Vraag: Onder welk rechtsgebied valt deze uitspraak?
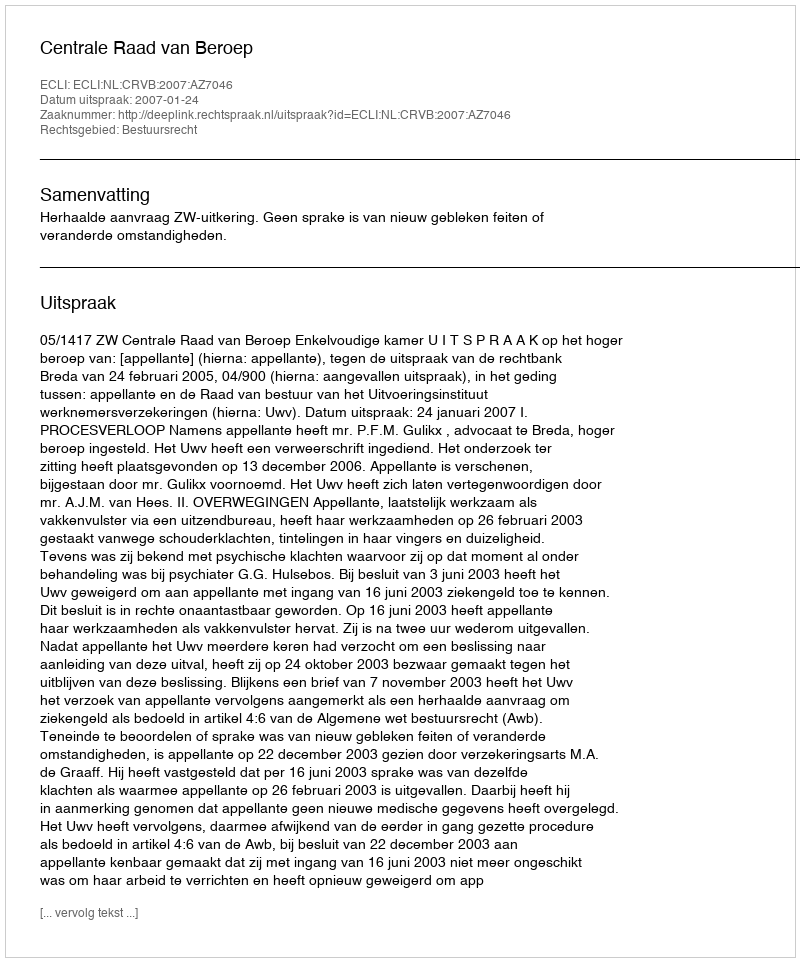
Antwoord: Bestuursrecht